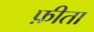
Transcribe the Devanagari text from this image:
फ़ीता